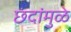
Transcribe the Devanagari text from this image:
छंदांमुळे